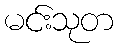
မင်းသုတ